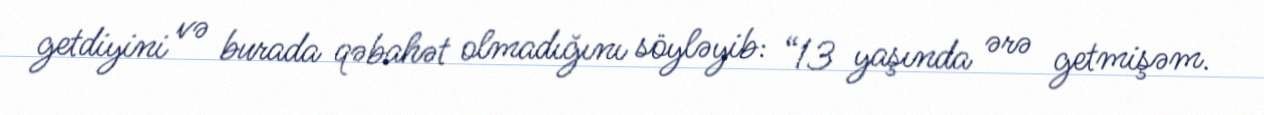
getdiyini və burada qəbahət olmadığını söyləyib: “13 yaşında ərə getmişəm.